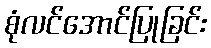
စုံလင်အောင်ပြုခြင်း